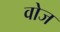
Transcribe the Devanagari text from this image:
वोज